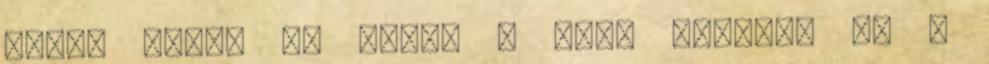
tolta végig az utcán a Ford Fiestát ez a